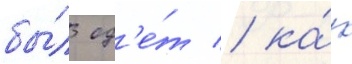
бы́л од'е́т / ка́к